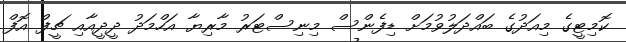
ކޮމިޓީގެ މިއަދުގެ ބައްދަލުވުމަށް ޑިފެންސް މިނިސްޓަރު މާރިޔާ އަހްމަދު ދީދީއާއި ޗީފް އޮފް